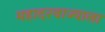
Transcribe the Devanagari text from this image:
महादरवाज्याला